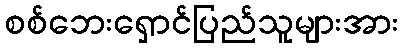
စစ်ဘေးရှောင်ပြည်သူများအား